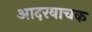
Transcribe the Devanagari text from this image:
आदरवाचक